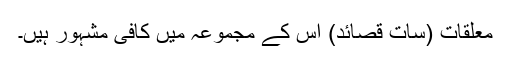
معلقات (سات قصائد) اس کے مجموعہ میں کافی مشہور ہیں۔